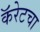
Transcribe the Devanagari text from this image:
कॅरेटचा